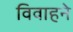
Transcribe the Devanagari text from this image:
विवाहने